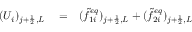
\begin{array} { r l r } { ( U _ { i } ) _ { j + \frac { 1 } { 2 } , L } } & { { } = } & { ( \widetilde { f } _ { 1 i } ^ { e q } ) _ { j + \frac { 1 } { 2 } , L } + ( \widetilde { f } _ { 2 i } ^ { e q } ) _ { j + \frac { 1 } { 2 } , L } } \end{array}